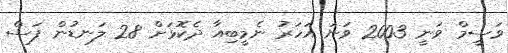
ވަސީމް ވަނީ 2003 ވަނަ އަހަރު ނެމީބިއާ ދެކޮޅަށް 28 ލަނޑުން ފަސް